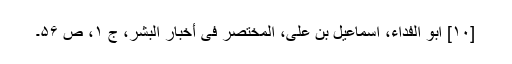
[۱۰] ابو الفداء، اسماعیل بن علی، المختصر فی أخبار البشر، ج ۱، ص ۵۶۔